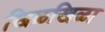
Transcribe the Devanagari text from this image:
खिळखिळा